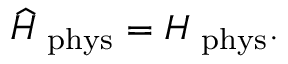
\widehat { \cal H } _ { \mathrm { \scriptsize ~ p h y s } } = { \cal H } _ { \mathrm { \scriptsize ~ p h y s } } .